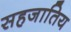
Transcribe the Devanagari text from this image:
सहजातिय